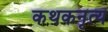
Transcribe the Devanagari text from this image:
कथकनृत्य